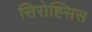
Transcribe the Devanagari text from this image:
सिरोह्सिस